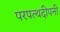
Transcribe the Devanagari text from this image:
परपत्थदीपनी